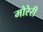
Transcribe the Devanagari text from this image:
मोरेरी